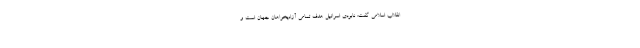
انقلاب اسلامی گفت: نابودی اسرائیل هدف تمامی آزادیخواهان جهان است و